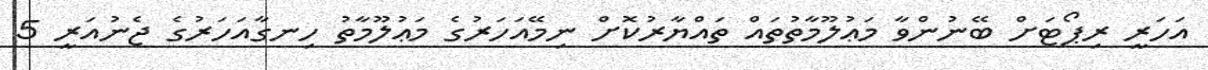
އަހަރީ ރިޕޯޓަށް ބޭނުންވާ މަޢުލޫމާތުތައް ތައްޔާރުކޮށް ނިމޭއަހަރުގެ މަޢުލޫމާތު ހިނގާއަހަރުގެ ޖެނުއަރީ 5